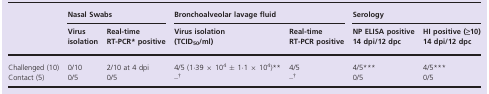
<table><thead><tr><td rowspan="2"></td><td colspan="2"><b>Nasal Swabs</b></td><td colspan="2"><b>Bronchoalveolar lavage fluid</b></td><td colspan="2"><b>Serology</b></td></tr><tr><td><b>Virus isolation</b></td><td><b>Real‐time RT‐PCRa positive</b></td><td><b>Virus isolation (TCID<sub>50</sub>/ml)</b></td><td><b>Real‐time RT‐PCR positive</b></td><td><b>NP ELISA positive 14 dpi/12 dpc</b></td><td><b>HI positive (≥10) 14 dpi/12 dpc</b></td></tr></thead><tbody><tr><td>Challenged (10)</td><td>0/10</td><td>2/10 at 4 dpi</td><td>4/5 (1·39 × 10<sup>4</sup> ± 1·1 × 10<sup>4</sup>)b</td><td>4/5</td><td>4/5c</td><td>4/5c</td></tr><tr><td>Contact (5)</td><td>0/5</td><td>0/5</td><td>–d</td><td>–d</td><td>0/5</td><td>0/5</td></tr></tbody></table>